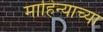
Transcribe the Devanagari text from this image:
माहिन्याच्या